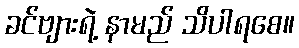
ခင်ဗျားရဲ့ နာမည် သိပါရစေ။